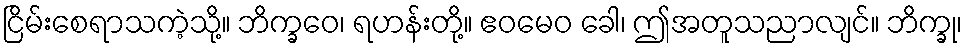
ငြိမ်းစေရာသကဲ့သို့။ ဘိက္ခဝေ၊ ရဟန်းတို့။ ဧဝမေဝ ခေါ၊ ဤအတူသညာလျင်။ ဘိက္ခု၊